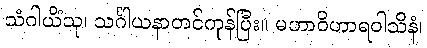
သံဂါယိံသု၊ သင်္ဂါယနာတင်ကုန်ပြီး။ မဟာဝိဟာရဝါသိနံ၊